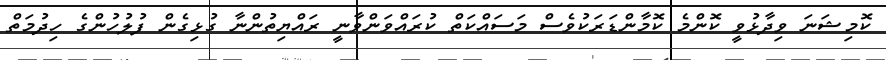
ކޮމިޝަނަ ވިދާޅުވީ ކޮންމެ ކޮމާންޑަރަކުވެސް މަސައްކަތް ކުރައްވަންވާނީ ރައްޔިތުންނާ ގުޅިގެން ފުލުހުންގެ ހިދުމަތް